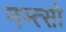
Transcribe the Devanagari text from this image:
नम्त्सो